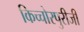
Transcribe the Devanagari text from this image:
किच्चोरपुरीजी